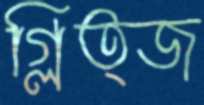
গ্লিত্জ